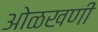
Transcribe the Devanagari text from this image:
ओळखणी